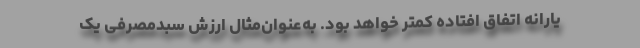
یارانه اتفاق افتاده کمتر خواهد بود. به‌عنوان‌مثال ارزش سبدمصرفی یک